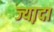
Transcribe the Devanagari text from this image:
ज्या़दा